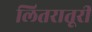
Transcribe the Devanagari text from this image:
लितरातूरी